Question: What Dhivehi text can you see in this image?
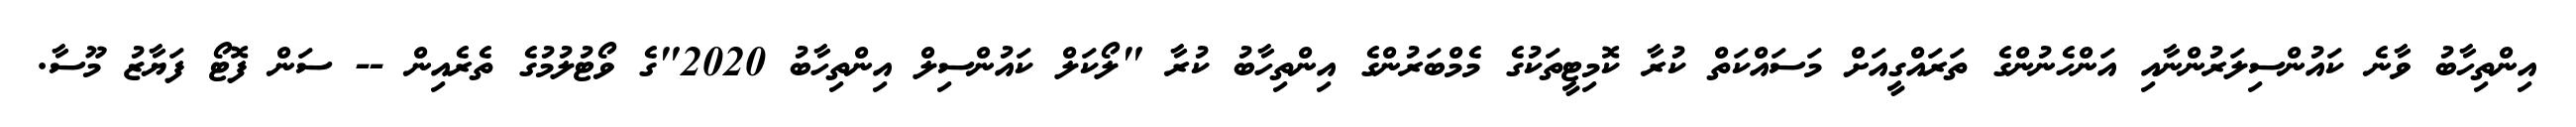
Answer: އިންތިހާބު ވާނެ ކައުންސިލަރުންނާއި އަންހެނުންގެ ތަރައްގީއަށް މަސައްކަތް ކުރާ ކޮމިޓީތަކުގެ މެމްބަރުންގެ އިންތިހާބު ކުރާ "ލޯކަލް ކައުންސިލް އިންތިހާބު 2020"ގެ ވޯޓުލުމުގެ ތެރެއިން -- ސަން ފޮޓޯ ފަޔާޒު މޫސާ.